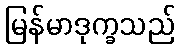
မြန်မာဒုက္ခသည်